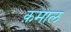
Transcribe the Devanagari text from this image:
क़माल